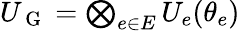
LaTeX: \begin{array}{r}{U_{\mathrm{~G~}}=\bigotimes_{e\in E}U_{e}(\theta_{e})}\end{array}